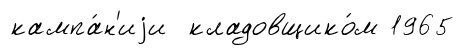
кампа́н'иjи кладовщико́м 1965